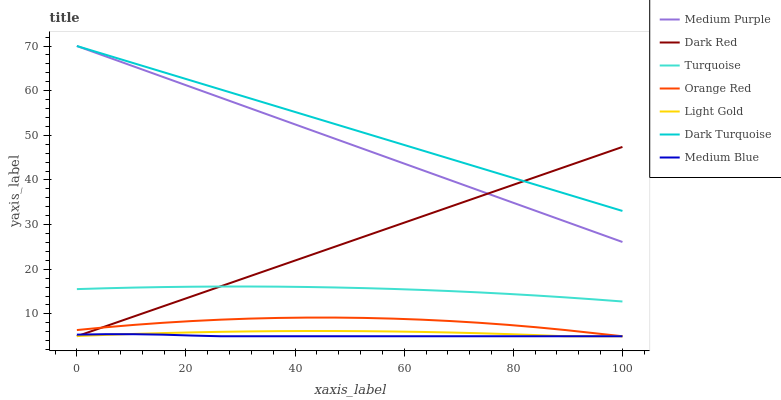
| xaxis_label | Medium Purple | Dark Red | Turquoise | Orange Red | Light Gold | Dark Turquoise | Medium Blue |
 | --- | --- | --- | --- | --- | --- | --- | --- |
 | 0 | 70 | 5 | 15.6 | 6.39 | 5.05 | 70 | 5.36 |
 | 5.26 | 67.7 | 7.23 | 15.7 | 7.01 | 5.3 | 68.1 | 5.46 |
 | 10.5 | 65.4 | 9.46 | 15.9 | 7.55 | 5.52 | 66.1 | 5.46 |
 | 15.8 | 63.1 | 11.7 | 16 | 8.01 | 5.71 | 64.2 | 5.36 |
 | 21.1 | 60.8 | 13.9 | 16.1 | 8.4 | 5.87 | 62.2 | 5.16 |
 | 26.3 | 58.4 | 16.2 | 16.1 | 8.71 | 5.99 | 60.3 | 5 |
 | 31.6 | 56.1 | 18.4 | 16.1 | 8.95 | 6.08 | 58.3 | 5 |
 | 36.8 | 53.8 | 20.6 | 16.1 | 9.1 | 6.14 | 56.4 | 5 |
 | 42.1 | 51.5 | 22.9 | 16 | 9.18 | 6.17 | 54.4 | 5 |
 | 47.4 | 49.2 | 25.1 | 15.9 | 9.18 | 6.17 | 52.5 | 5 |
 | 52.6 | 46.9 | 27.3 | 15.8 | 9.1 | 6.14 | 50.6 | 5 |
 | 57.9 | 44.6 | 29.5 | 15.6 | 8.95 | 6.07 | 48.6 | 5 |
 | 63.2 | 42.3 | 31.8 | 15.4 | 8.72 | 5.97 | 46.7 | 5 |
 | 68.4 | 40 | 34 | 15.1 | 8.41 | 5.84 | 44.7 | 5 |
 | 73.7 | 37.7 | 36.2 | 14.8 | 8.02 | 5.68 | 42.8 | 5 |
 | 78.9 | 35.3 | 38.5 | 14.5 | 7.56 | 5.48 | 40.8 | 5 |
 | 84.2 | 33 | 40.7 | 14.1 | 7.02 | 5.26 | 38.9 | 5 |
 | 89.5 | 30.7 | 42.9 | 13.7 | 6.4 | 5 | 37 | 5 |
 | 94.7 | 28.4 | 45.2 | 13.3 | 5.7 | 5 | 35 | 5 |
 | 100 | 26.1 | 47.4 | 12.8 | 5 | 5 | 33.1 | 5 |